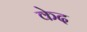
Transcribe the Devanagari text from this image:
केद